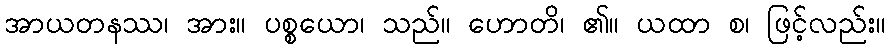
အာယတနဿ၊ အား။ ပစ္စယော၊ သည်။ ဟောတိ၊ ၏။ ယထာ စ၊ ဖြင့်လည်း။